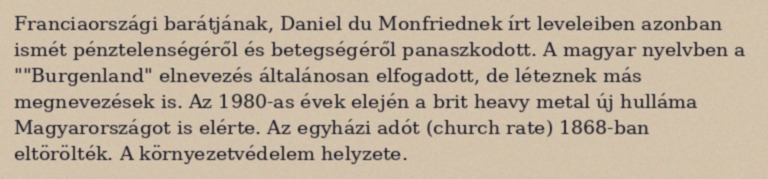
Franciaországi barátjának, Daniel du Monfriednek írt leveleiben azonban ismét pénztelenségéről és betegségéről panaszkodott. A magyar nyelvben a ""Burgenland" elnevezés általánosan elfogadott, de léteznek más megnevezések is. Az 1980-as évek elején a brit heavy metal új hulláma Magyarországot is elérte. Az egyházi adót (church rate) 1868-ban eltörölték. A környezetvédelem helyzete.